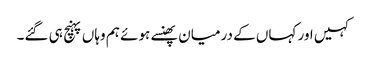
کہیں اور کہاں کے درمیان پھنسے ہوئے ہم وہاں پہنچ ہی گئے۔